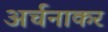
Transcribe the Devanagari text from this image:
अर्चनाकर